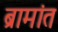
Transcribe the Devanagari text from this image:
ब्रामांत